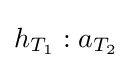
h_{T_{1}}:a_{T_{2}}